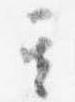
其